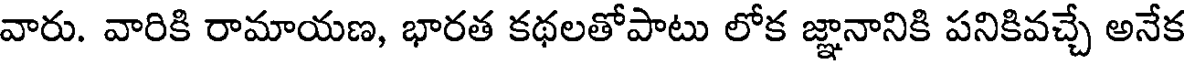
వారు. వారికి రామాయణ, భారత కథలతోపాటు లోక జ్ఞానానికి పనికివచ్చే అనేక